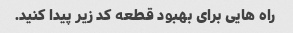
راه هایی برای بهبود قطعه کد زیر پیدا کنید.